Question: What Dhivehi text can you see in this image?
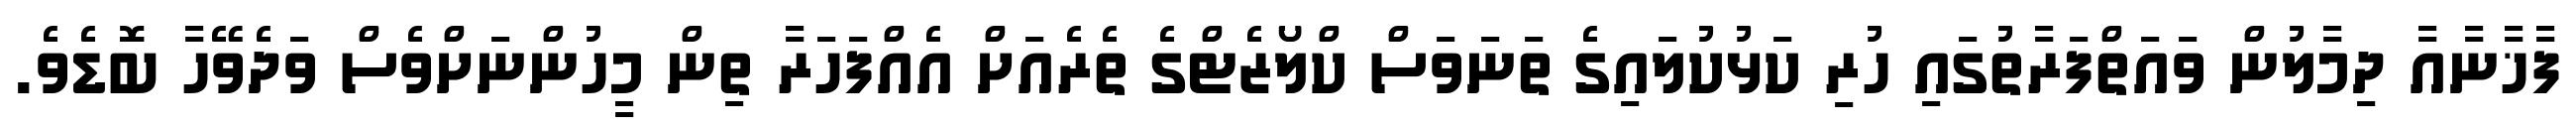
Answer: ފާޚާނާއާ ދިމާލުން ވައަތްފަރާތުގައި ހުރި ކަޅުކުލައިގެ ތަނަވަސް ކްލޯޒެޓްގެ ތެރެއަށް އެއްފަހަރާ ތިން މީހުންނަށްވެސް ވަދެވޭހާ ބޮޑެވެ.